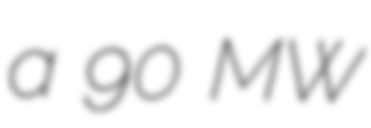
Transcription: a 90 MW